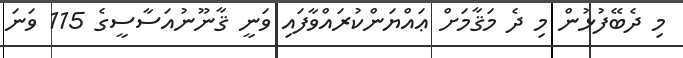
މި ދެބޭފުޅުން މި ދެ މަޤާމަށް ޢައްޔަންކުރައްވާފައި ވަނީ ޤާނޫނުއަސާސީގެ 115 ވަނަ